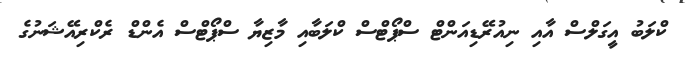
ކްލަބު އީގަލްސް އާއި ނިއުރޭޑިއަންޓް ސްޕޯޓްސް ކްލަބާއި މާޒިޔާ ސްޕޯޓްސް އެންޑް ރެކްރިއޭޝަނުގެ